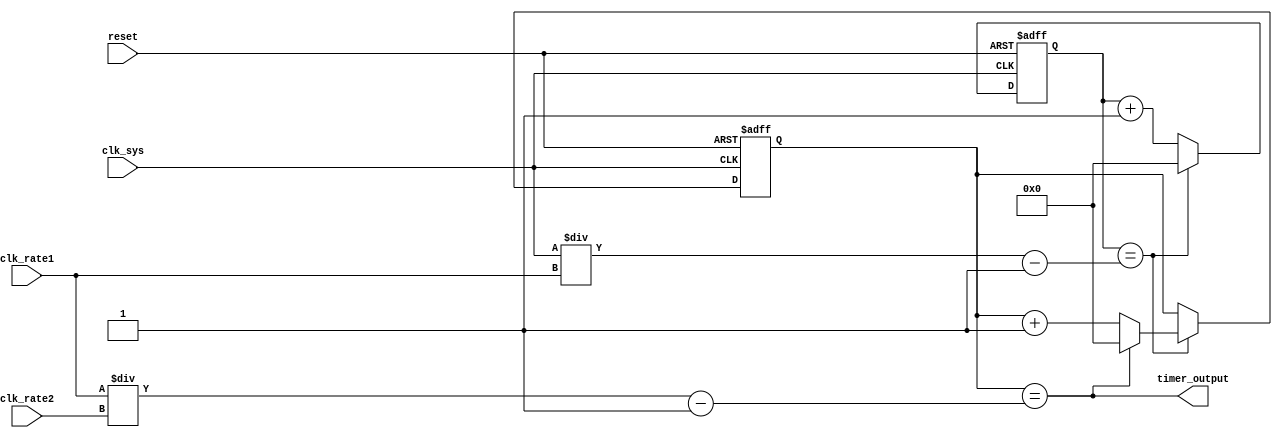
module Multirate_timer (
    input wire clk_sys,
    input wire clk_rate1,
    input wire clk_rate2,
    input wire reset,
    
    output wire timer_output
);

reg [31:0] counter_1;
reg [31:0] counter_2;

always @(posedge clk_sys or posedge reset) begin
    if (reset) begin
        counter_1 <= 0;
        counter_2 <= 0;
    end else begin
        counter_1 <= counter_1 + 1;
        if (counter_1 == (clk_sys/clk_rate1) - 1) begin
            counter_2 <= counter_2 + 1;
            if (counter_2 == (clk_rate1/clk_rate2) - 1) begin
                counter_2 <= 0;
            end
            counter_1 <= 0;
        end
    end
end

assign timer_output = (counter_2 == (clk_rate1/clk_rate2) - 1);

endmodule